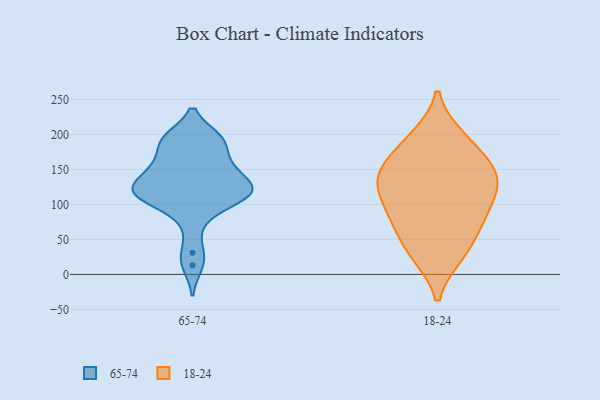
{"axis": {"x": "Gross Profit (USD K)", "y": "Value"}, "legend": ["18-24", "65-74"], "data": [{"x": "", "y": 13, "type": "65-74"}, {"x": "", "y": 152, "type": "65-74"}, {"x": "", "y": 75, "type": "65-74"}, {"x": "", "y": 167, "type": "65-74"}, {"x": "", "y": 154, "type": "65-74"}, {"x": "", "y": 133, "type": "65-74"}, {"x": "", "y": 31, "type": "65-74"}, {"x": "", "y": 148, "type": "65-74"}, {"x": "", "y": 193, "type": "65-74"}, {"x": "", "y": 124, "type": "65-74"}, {"x": "", "y": 118, "type": "65-74"}, {"x": "", "y": 122, "type": "65-74"}, {"x": "", "y": 108, "type": "65-74"}, {"x": "", "y": 194, "type": "65-74"}, {"x": "", "y": 194, "type": "65-74"}, {"x": "", "y": 191, "type": "65-74"}, {"x": "", "y": 119, "type": "65-74"}, {"x": "", "y": 112, "type": "65-74"}, {"x": "", "y": 109, "type": "65-74"}, {"x": "", "y": 114, "type": "65-74"}, {"x": "", "y": 114, "type": "18-24"}, {"x": "", "y": 66, "type": "18-24"}, {"x": "", "y": 139, "type": "18-24"}, {"x": "", "y": 84, "type": "18-24"}, {"x": "", "y": 144, "type": "18-24"}, {"x": "", "y": 31, "type": "18-24"}, {"x": "", "y": 189, "type": "18-24"}, {"x": "", "y": 143, "type": "18-24"}, {"x": "", "y": 82, "type": "18-24"}, {"x": "", "y": 28, "type": "18-24"}, {"x": "", "y": 157, "type": "18-24"}, {"x": "", "y": 196, "type": "18-24"}, {"x": "", "y": 116, "type": "18-24"}]}